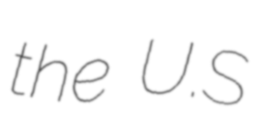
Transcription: the U.S